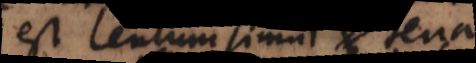
est lentum simul et tenax,